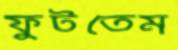
ফুটতেম